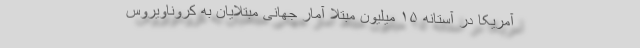
آمریکا در آستانه ۱۵ میلیون مبتلا آمار جهانیِ مبتلایان به کروناویروس